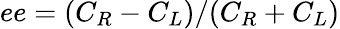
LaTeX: ee=(C_{R}-C_{L})/(C_{R}+C_{L})